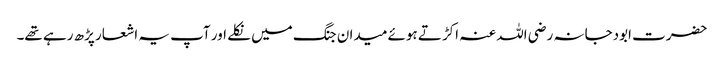
حضرت ابودجانہ رضی اللہ عنہ اکڑتے ہوئے میدان جنگ میں نکلے اور آپ یہ اشعار پڑھ رہے تھے۔